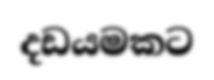
දඩයමකට